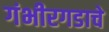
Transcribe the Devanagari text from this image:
गंभीरगडाचे